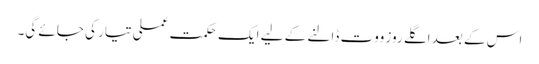
اس کے بعد اگلے روز ووت ڈالنے کے لیے ایک حکمت عملی تیار کی جائے گی۔